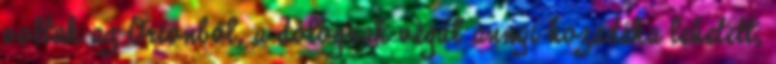
voltak az Orionból, a dolognak végül annyi hozadéka lehetett,